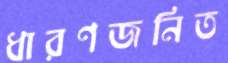
ধারণজনিত